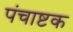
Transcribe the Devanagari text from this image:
पंचाष्टक